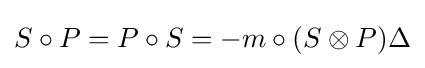
S\circ P=P\circ S=-m\circ (S\otimes P)\Delta